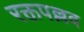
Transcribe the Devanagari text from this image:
रक्तपल्लव